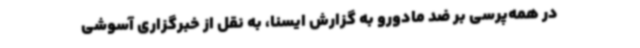
در همه‌پرسی بر ضد مادورو به گزارش ایسنا، به نقل از خبرگزاری آسوشی